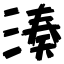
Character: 湊